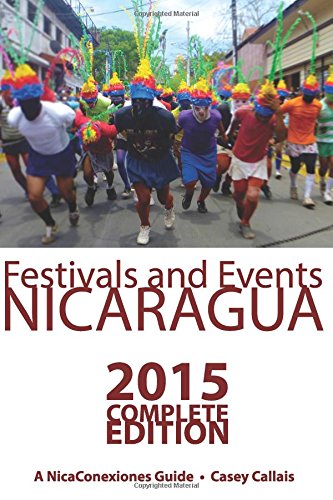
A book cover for NCX Guide to Festivals and Events in Nicaragua; Casey Callais; Travel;